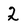
Character: 2